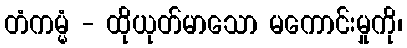
တံကမ္မံ - ထိုယုတ်မာသော မကောင်းမှုကို၊